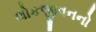
લોકજીવનનો